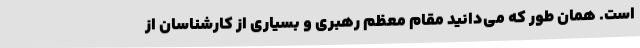
است. همان طور که می‌دانید مقام معظم رهبری و بسیاری از کارشناسان از